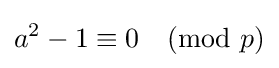
a^{2}-1\equiv 0{\pmod {p}}